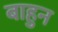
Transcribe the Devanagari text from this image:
बाहुन